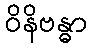
ဝိနိဗန္ဓာ